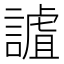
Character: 謯